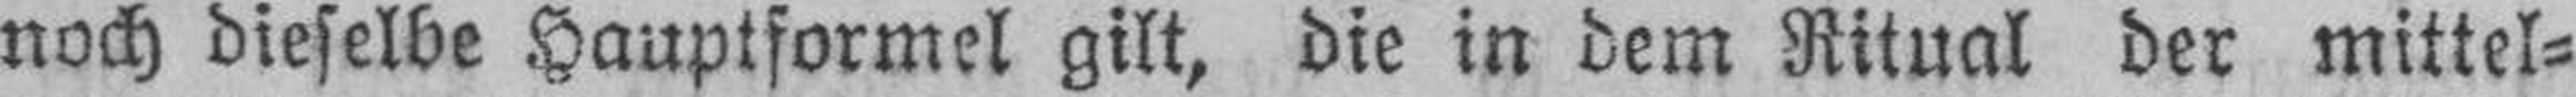
noch dieselbe Hauptformel gilt, die in dem Ritual der mittel¬